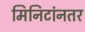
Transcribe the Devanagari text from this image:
मिनिटांनतर